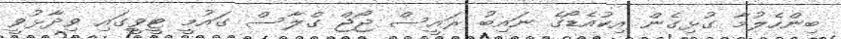
ބިންހެލުމާ ގުޅިގެން އިކުއެޑޯގެ ނައިބު ރައީސް ޖޯޖް ގްލާސް ގައުމީ ޓީވީގައި ވިދާޅުވީ